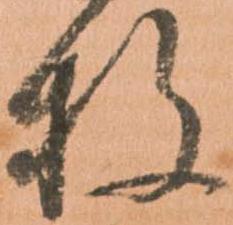
枚